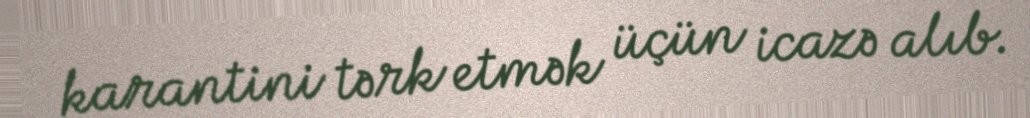
karantini tərk etmək üçün icazə alıb.